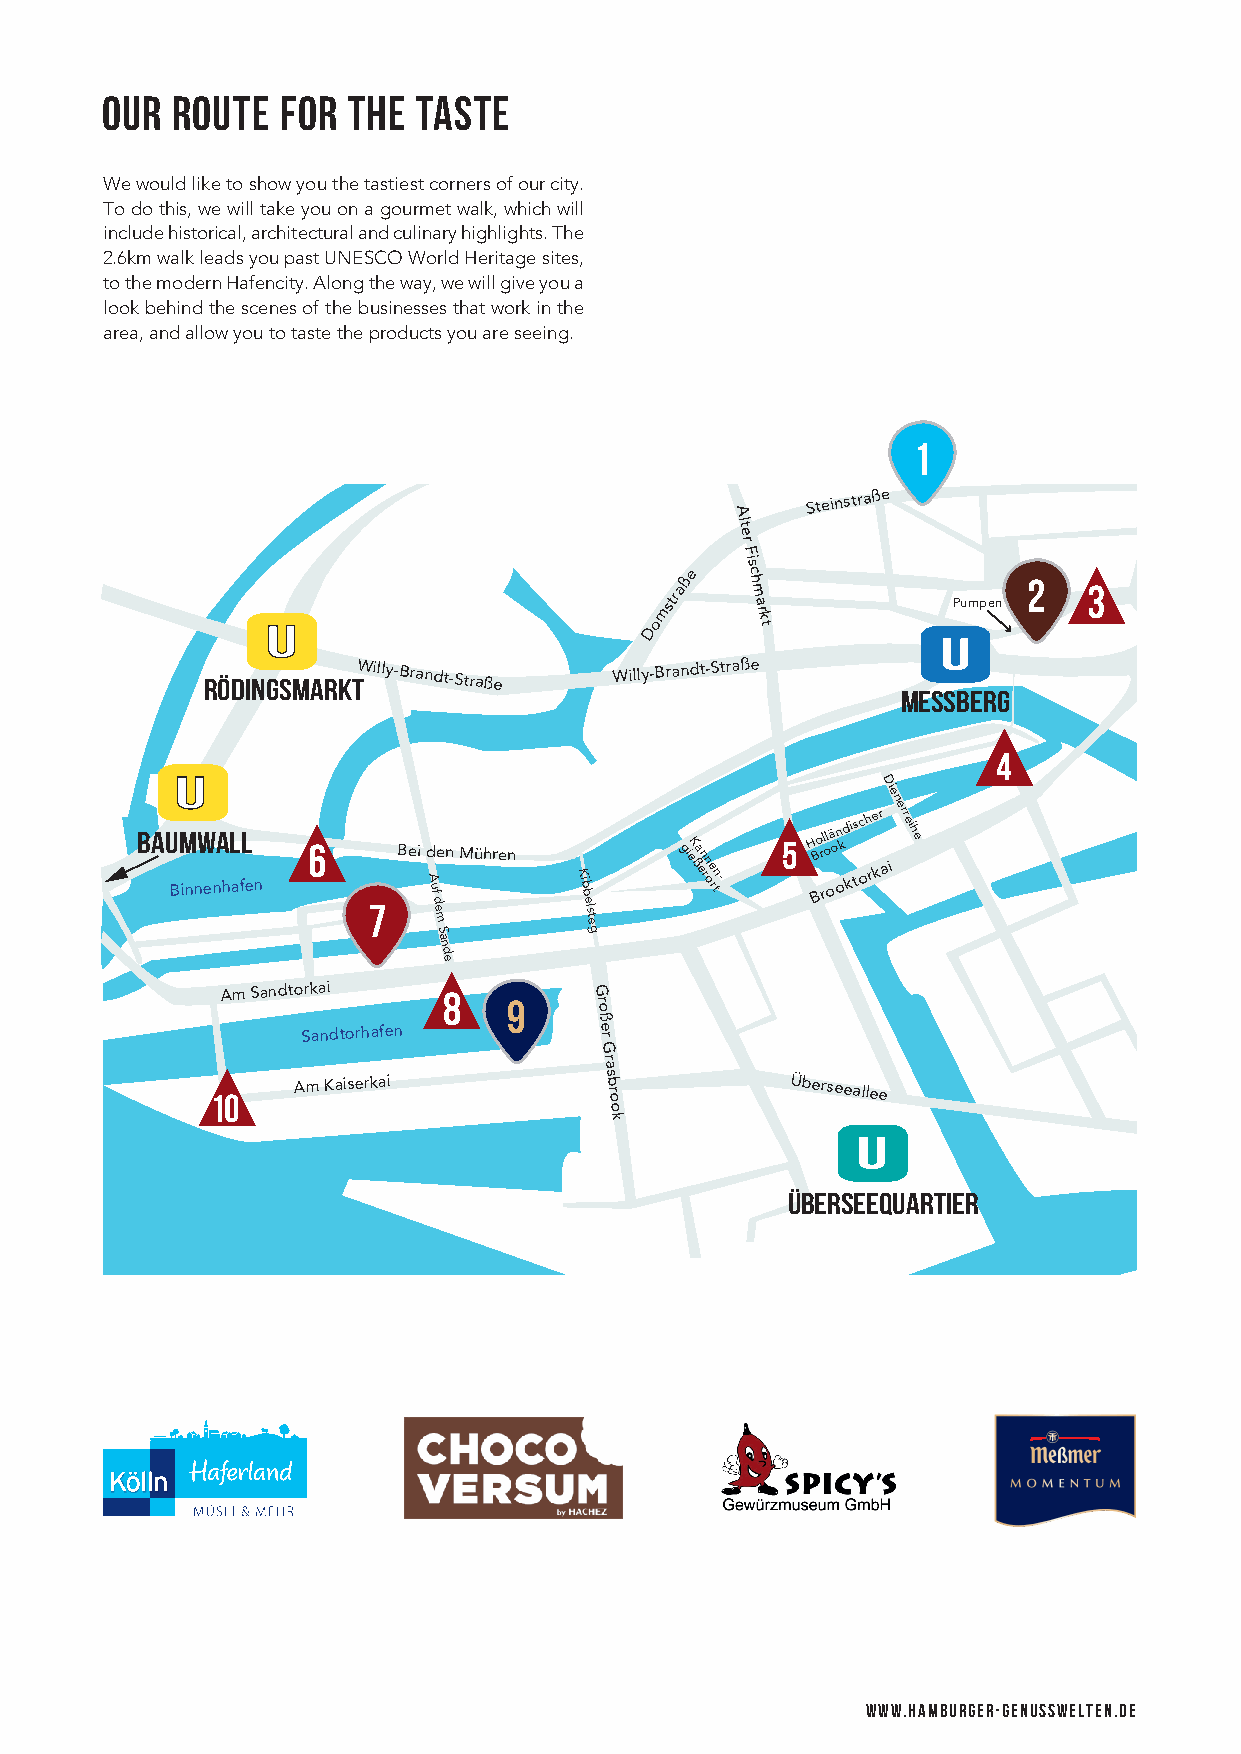
our route   for the  taste
 We would like to show you the tastiest corners of our city.
 To do this, we will take you on a gourmet walk, which will
 include historical, architectural and culinary highlights. The
 2.6km walk leads you past UNESCO World Heritage sites,
 to the modern Hafencity. Along the way, we will give you a
 look behind the scenes of the businesses that work in the
 area, and allow you to taste the products you are seeing.
 1
 Steinstraße
 A
 lte
 r
 F
 U
 U
 Domstraße
 is
 c h m
 a
 rk
 t
 Pumpen
 2   3
 U
 RödingsmarktWilly-Brandt-Straße Willy-Brandt-Straße
 Messberg
 4
 U
 Die
 n
 Bau Bm innw ena hl afl
 en
 6
 7
 Bei d
 A u f
 d e
 m
 e Sn Mühren
 K ib b
 e lste
 g
 gieK ßa en
 rn oe rtn-
 5 H BBo r rll o oä on okd ki ts och re kr aierreih e
 a
 n
 d
 e
 Am Sandtorkai 8         G
 9    ro
 ß
 Sandtorhafen        e
 r
 G
 ra
 10
 Am Kaiserkai         s b
 ro
 Überseeallee
 o
 k
 U
 Überseequartier
 www.hamburger-genusswelten.de